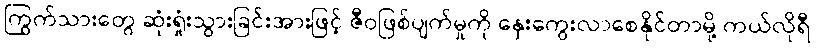
ကြွက်သားတွေ ဆုံးရှုံးသွားခြင်းအားဖြင့် ဇီဝဖြစ်ပျက်မှုကို နှေးကွေးလာစေနိုင်တာမို့ ကယ်လိုရီ